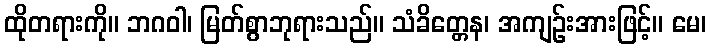
ထိုတရားကို။ ဘဂဝါ၊ မြတ်စွာဘုရားသည်။ သံခိတ္တေန၊ အကျဉ်းအားဖြင့်။ မေ၊